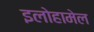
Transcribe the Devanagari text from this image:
इलोहामेल